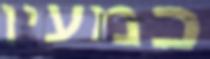
כמעין